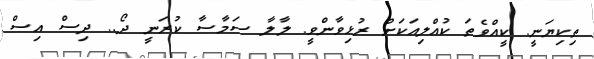
ތިކިޔަނީ. ކީއްވެތަ ކުއްލިއަކަށް ރުޅިވާންވީ. ލާލާ ސަމާސާ ކުރަނީ ދޯ.. ދިސް އިސް